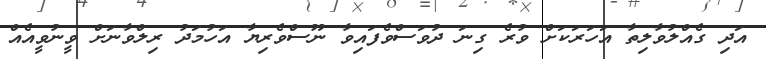
އަދި ގެއްލުވާލިތާ އަހަރަކަށް ވުރެ ގިނަ ދުވަސްވެފައިވާ ނޫސްވެރިޔާ އަހުމަދު ރިލްވާނަށް ވީނުވީއެއް